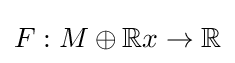
F:M\oplus \mathbb {R} x\to \mathbb {R}